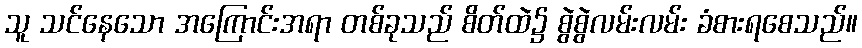
သူ သင်နေသော အကြောင်းအရာ တစ်ခုသည် စိတ်ထဲ၌ စွဲစွဲလမ်းလမ်း ခံစားရစေသည်။